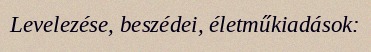
Levelezése, beszédei, életműkiadások: